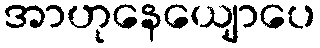
အာဟုနေယျောပေ